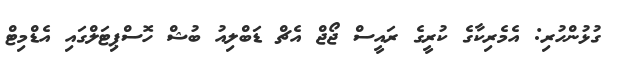
ގުޅުންހުރި: އެމެރިކާގެ ކުރީގެ ރައީސް ޖޯޖް އެޗް ޑަބްލިއު ބުޝް ހޮސްޕިޓަލްގައި އެޑްމިޓް